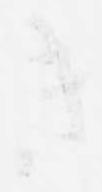
き